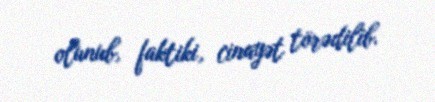
olunub, faktiki, cinayət törədilib.